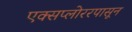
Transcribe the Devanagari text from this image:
एक्सप्लोररपासून